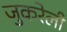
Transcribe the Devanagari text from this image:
जुकरेली